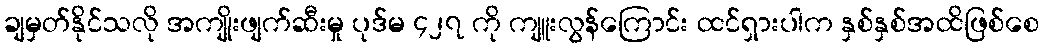
ချမှတ်နိုင်သလို အကျိုးဖျက်ဆီးမှု ပုဒ်မ ၄၂၇ ကို ကျူးလွန်ကြောင်း ထင်ရှားပါက နှစ်နှစ်အထိဖြစ်စေ